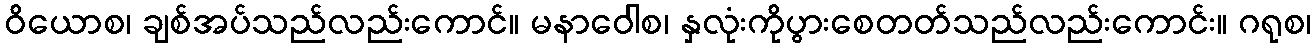
ဝိယောစ၊ ချစ်အပ်သည်လည်းကောင်။ မနာဝေါစ၊ နှလုံးကိုပွားစေတတ်သည်လည်းကောင်း။ ဂရုစ၊